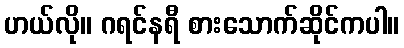
ဟယ်လို။ ဂရင်နရီ စားသောက်ဆိုင်ကပါ။